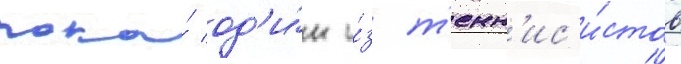
пока́ од'и́н и́з т'енн'ис'и́стов